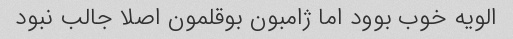
الویه خوب بوود اما ژامبون‌ بوقلمون اصلا جالب نبود